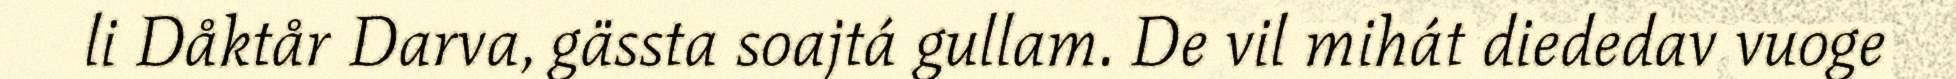
li Dåktår Darva, gässta soajtá gullam. De vil mihát diededav vuoge